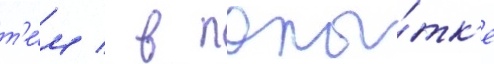
т'е́м / в попы́тк'е